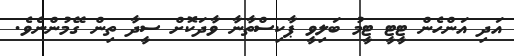
އަދި އަންހެން ޓީޓީ ޓީމު ބަލިވީ ޕާކިސްތާނާ ވާދަކޮށް ސީދާ ތިން ގޭމުންނެވެ.